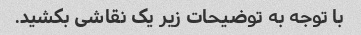
با توجه به توضیحات زیر یک نقاشی بکشید.